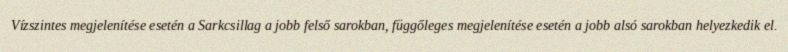
Vízszintes megjelenítése esetén a Sarkcsillag a jobb felső sarokban, függőleges megjelenítése esetén a jobb alsó sarokban helyezkedik el.